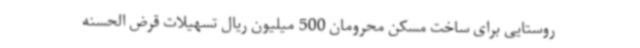
روستایی برای ساخت مسکن محرومان 500 میلیون ریال تسهیلات قرض الحسنه